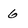
Character: 6